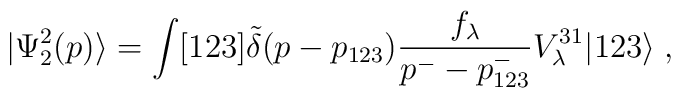
|\Psi_2^{2}(p) \rangle = \int [123]\tilde{\delta}(p - p_{123})\frac{f_\lambda}{p^- -p^-_{123}} V^{31}_\lambda |123 \rangle \; ,